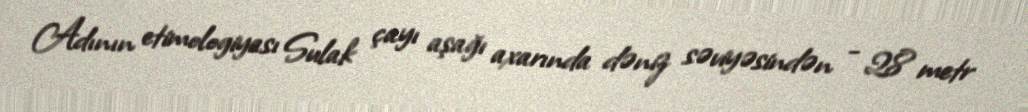
Adının etimologiyası Sulak çayı aşağı axarında dəniz səviyəsindən - 28 metr